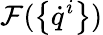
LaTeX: \mathcal{F}(\left\{ \dot{q}^{i}\right\} )